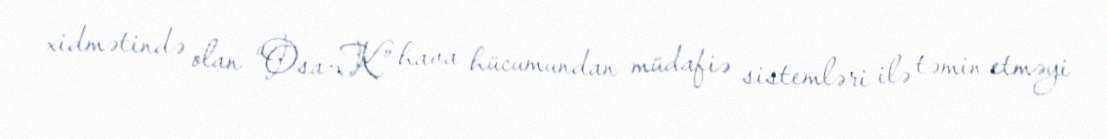
xidmətində olan “Osa-K” hava hücumundan müdafiə sistemləri ilə təmin etməyi